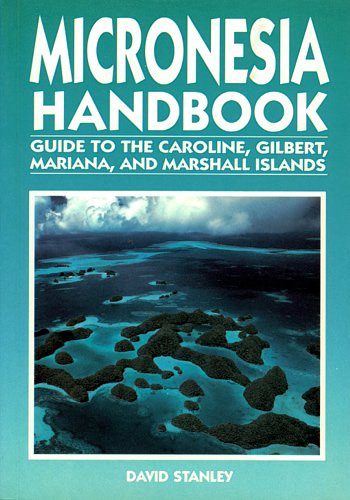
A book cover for Micronesia Handbook (Moon Handbooks Micronesia); David Stanley; Travel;